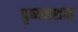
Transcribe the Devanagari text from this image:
दृष्यवशात्